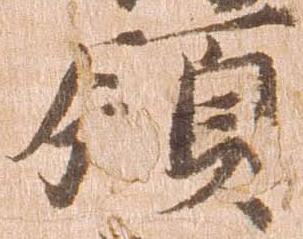
領